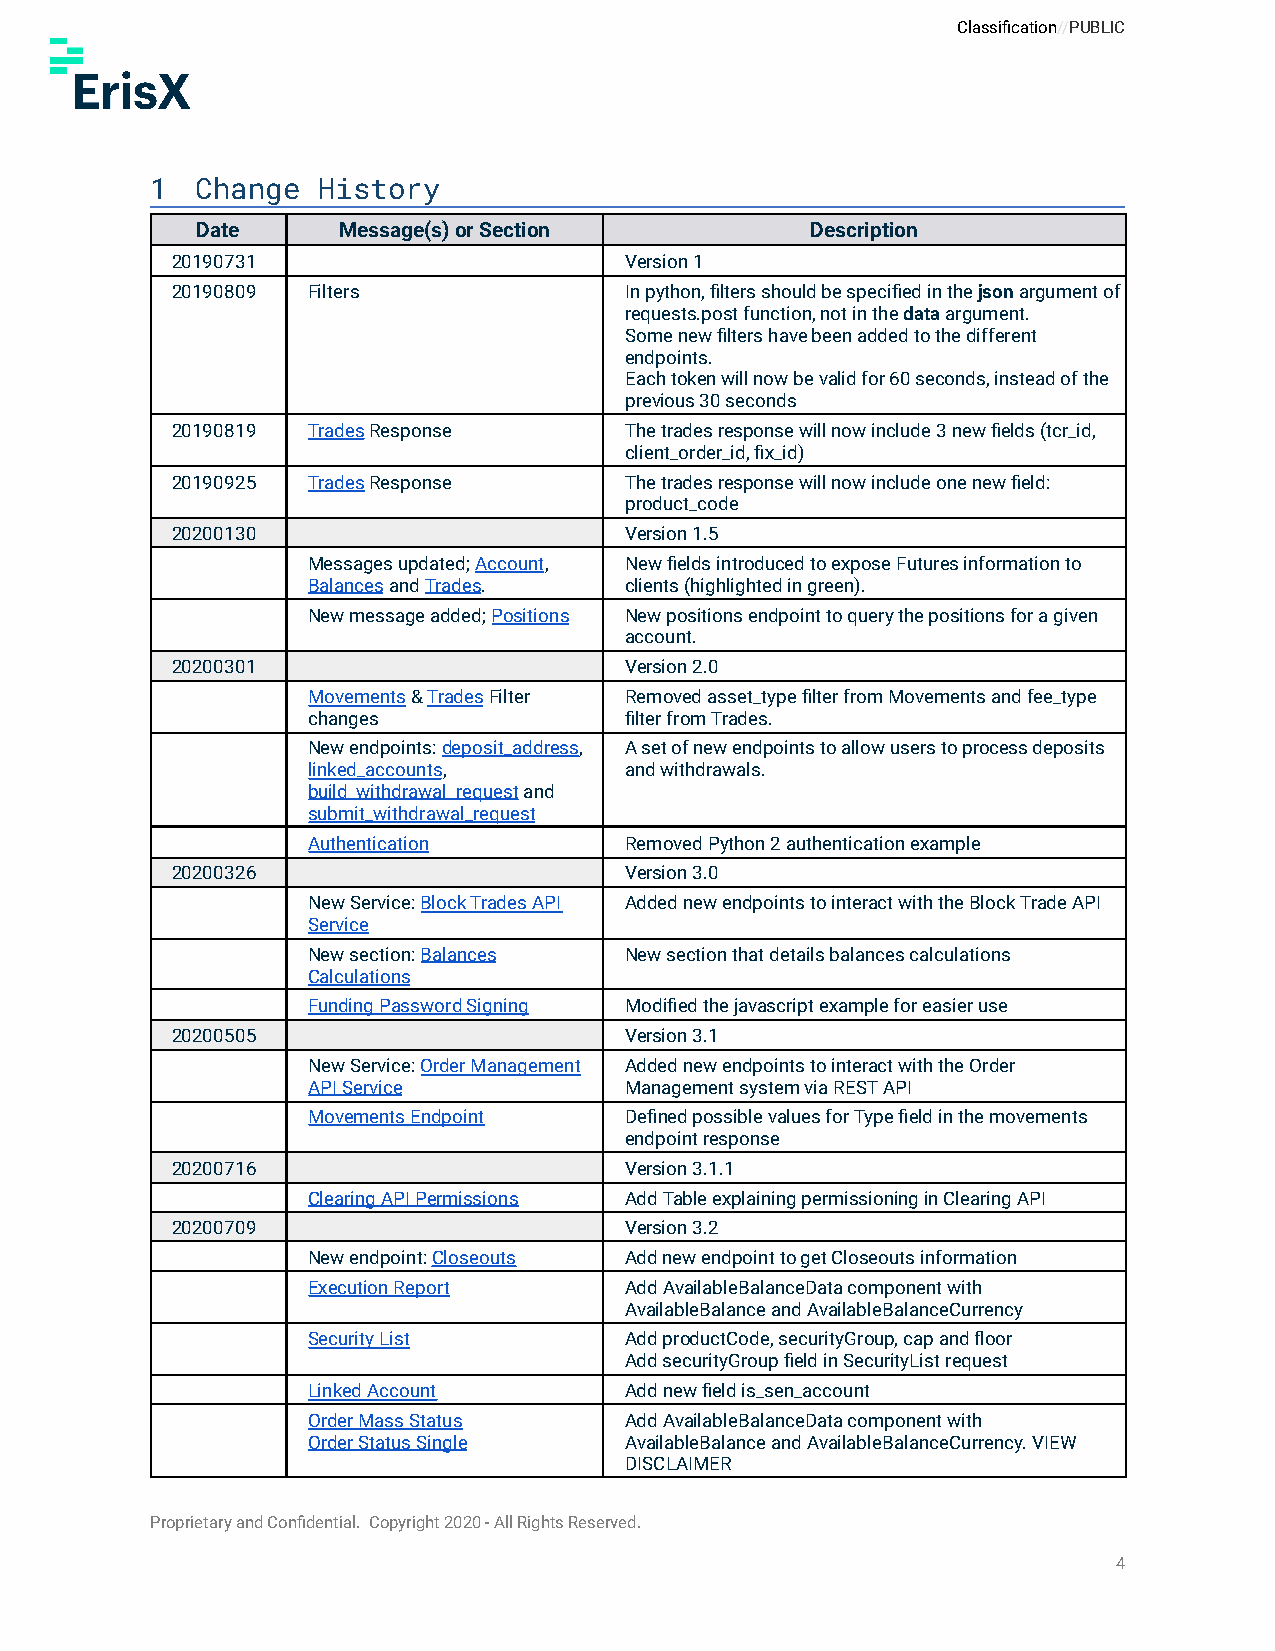
Classification//PUBLIC
 1  Change  History
 Date     Message(s) or Section           Description
 20190731                      Version 1
 20190809 Filters              In python, filters should be specified in thejsonargument of
 requests.post function, not in thedataargument.
 Some new filters have been added to the different
 endpoints.
 Each token will now be valid for 60 seconds, instead of the
 previous 30 seconds
 20190819 TradesResponse       The trades response will now include 3 new fields (tcr_id,
 client_order_id, fix_id)
 20190925 TradesResponse       The trades response will now include one new field:
 product_code
 20200130                      Version 1.5
 Messages updated;Account, New fields introduced to expose Futures information to
 BalancesandTrades.   clients (highlighted in green).
 New message added;Positions New positions endpoint to query the positions for a given
 account.
 20200301                      Version 2.0
 Movements&TradesFilter Removed asset_type filter from Movements and fee_type
 changes              filter from Trades.
 New endpoints:deposit_address, A set of new endpoints to allow users to process deposits
 linked_accounts,     and withdrawals.
 build_withdrawal_requestand
 submit_withdrawal_request
 Authentication       Removed Python 2 authentication example
 20200326                      Version 3.0
 New Service:Block Trades API Added new endpoints to interact with the Block Trade API
 Service
 New section:Balances New section that details balances calculations
 Calculations
 Funding Password Signing Modified the javascript example for easier use
 20200505                      Version 3.1
 New Service:Order Management Added new endpoints to interact with the Order
 API Service          Management system via REST API
 Movements Endpoint   Defined possible values for Type field in the movements
 endpoint response
 20200716                      Version 3.1.1
 Clearing API Permissions Add Table explaining permissioning in Clearing API
 20200709                      Version 3.2
 New endpoint:Closeouts Add new endpoint to get Closeouts information
 Execution Report     Add AvailableBalanceData component with
 AvailableBalance and AvailableBalanceCurrency
 Security List        Add productCode, securityGroup, cap and floor
 Add securityGroup field in SecurityList request
 Linked Account       Add new field is_sen_account
 Order Mass Status    Add AvailableBalanceData component with
 Order Status Single  AvailableBalance and AvailableBalanceCurrency. VIEW
 DISCLAIMER
 Proprietary and Confidential. Copyright 2020 - All Rights Reserved.
 4